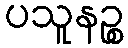
ပသူနဉ္စ